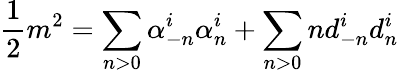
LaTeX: \frac{1}{2}m^{2}=\sum_{n>0}\alpha_{-n}^{i}\alpha_{n}^{i}+\sum_{n>0}nd_{-n}^{i}d_{n}^{i}